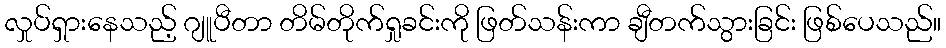
လှုပ်ရှားနေသည့် ဂျူပီတာ တိမ်တိုက်ရှုခင်းကို ဖြတ်သန်းကာ ချီတက်သွားခြင်း ဖြစ်ပေသည်။